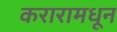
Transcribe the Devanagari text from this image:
करारामधून